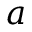
a